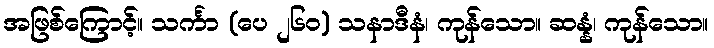
အဖြစ်ကြောင့်။ သင်္ကာ (ပေ ၂၆၀) သနာဒီနံ၊ ကုန်သော။ ဆန္နံ၊ ကုန်သော။